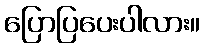
ပြောပြပေးပါလား။